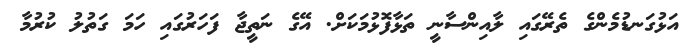
އަޅުގަނޑުމެންގެ ތެރޭގައި ލާއިންސާނީ ތަޅާފޮޅުމަކަށް. އޭގެ ނަތީޖާ ފަހަރުގައި ހަމަ ގަތުލު ކުރުމާ